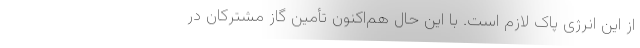
از این انرژی پاک لازم است. با این حال هم‌اکنون تأمین گاز مشترکان در